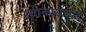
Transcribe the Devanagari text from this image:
स्वीकारापर्यंत